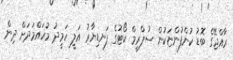
ރާއްޖޭގެ ބޮޑު ކުންފުންޏަކުން ސުޕްރީމް ކޯޓުގެ ފަނޑިޔާރު އަލީ ހަމީދު މުހައްމަދަށް ދިން